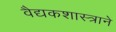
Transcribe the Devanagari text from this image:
वैद्यकशास्त्राने